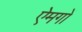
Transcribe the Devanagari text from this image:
ऐमगों